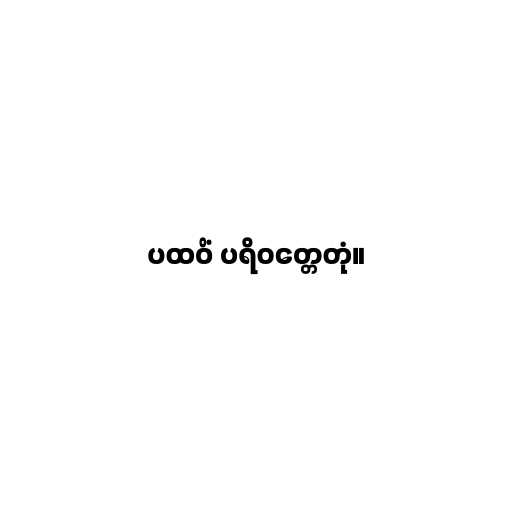
ပထဝိံ ပရိဝတ္တေတုံ။